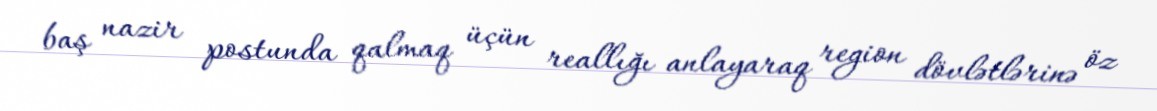
baş nazir postunda qalmaq üçün reallığı anlayaraq region dövlətlərinə öz